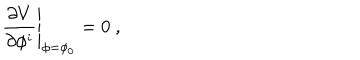
\left. \frac { \partial V } { \partial \phi ^ { i } } \right| _ { \phi = \phi _ { 0 } } = 0 ~ ,